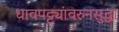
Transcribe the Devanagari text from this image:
धावपट्ट्यांवरुनसुद्धा